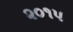
૨૦૧૫